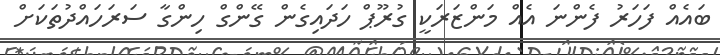
ބައެއް ފަހަރު ފެންނަ އެއް މަންޒަރަކީ ގުރޫޕް ހަދައިގެން ގޭންގް ހިންގާ ސަރަހައްދުތަކަށް